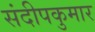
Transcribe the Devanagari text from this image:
संदीपकुमार